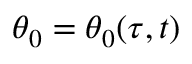
\theta _ { 0 } = \theta _ { 0 } ( \tau , t )